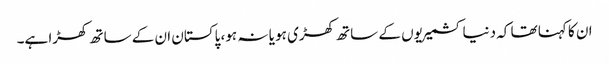
ان کا کہنا تھا کہ دنیا کشمیریوں کے ساتھ کھڑی ہو یا نہ ہو، پاکستان ان کے ساتھ کھڑا ہے۔